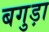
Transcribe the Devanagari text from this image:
बगुड़ा